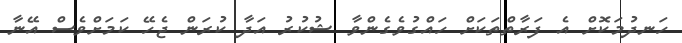
ހަނދުމަކޮށް އެ ފަރާތްތަކަށް ހައްގުވެގެންވާ ޝުކުރު އަދާ ކުރަން ޖެހޭ ކަމަށްވެސް އޭނާ